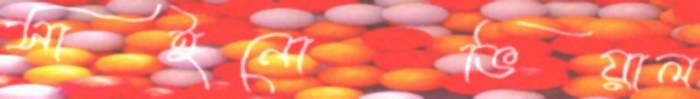
সাইনোভিয়াল